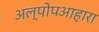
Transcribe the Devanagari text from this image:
अल्पोपआहारा